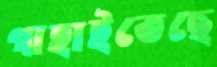
গাহাইতেছে